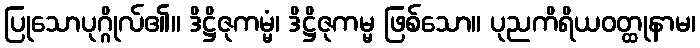
ပြုသောပုဂ္ဂိုလ်၏။ ဒိဋ္ဌိဇုကမ္မံ၊ ဒိဋ္ဌိဇုကမ္မ ဖြစ်သော။ ပုညကိရိယဝတ္ထုနာမ၊